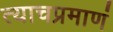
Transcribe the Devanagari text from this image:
त्याचप्रमाणं